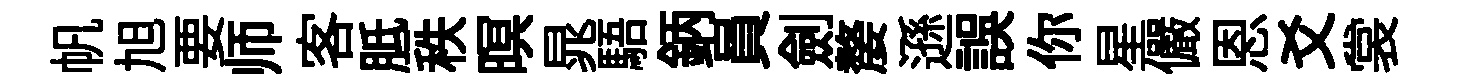
帆旭要师客胝秩暝晁䮏鈵員劍嫠遜誤你星儼恩爻裳